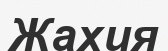
Жахия